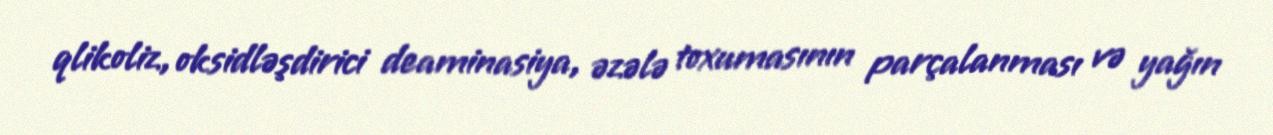
qlikoliz, oksidləşdirici deaminasiya, əzələ toxumasının parçalanması və yağın